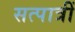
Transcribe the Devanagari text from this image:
सत्पात्रीं